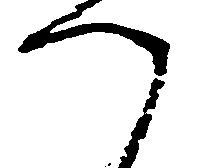
つ